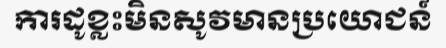
ការដូខ្លះមិនសូវមានប្រយោជន៍